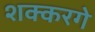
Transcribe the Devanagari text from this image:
शक्करगे